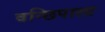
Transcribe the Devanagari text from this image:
वन्छिपाला